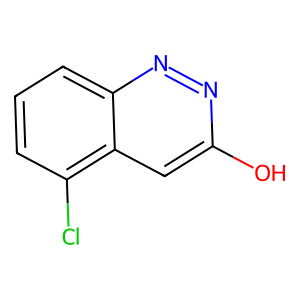
SMILES: Oc1cc2c(Cl)cccc2nn1
Inhibits HIV replication: No